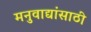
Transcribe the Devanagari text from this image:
मनुवाद्यांसाठी